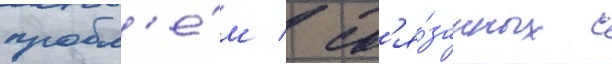
пробл'е́м / св'я́занных с